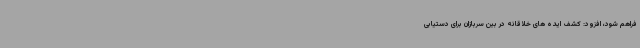
فراهم شود، افزود: کشف ایده های خلاقانه در بین سربازان برای دستیابی